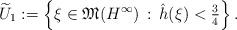
LaTeX: \begin{align*}\widetilde U_1:=\left\{\xi\in \mathfrak M(H^\infty)\, :\, \hat h(\xi)<\mbox{$\frac 3 4$}\right\}.\end{align*}